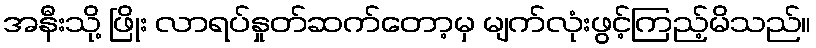
အနီးသို့ ဖြိုး လာရပ်နှုတ်ဆက်တော့မှ မျက်လုံးဖွင့်ကြည့်မိသည်။